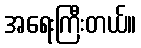
အရေးကြီးတယ်။